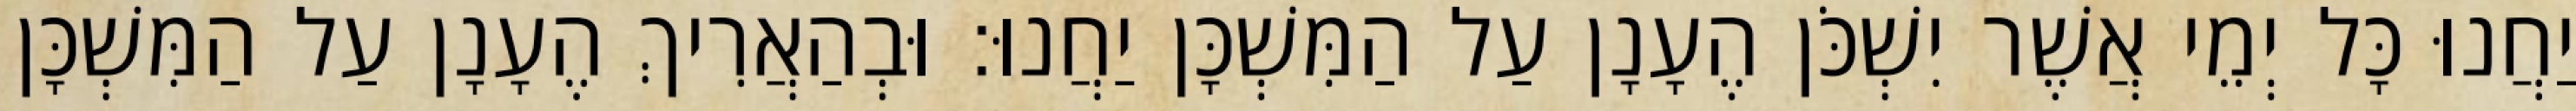
יַחֲנוּ כָּל יְמֵי אֲשֶׁר יִשְׁכֹּן הֶעָנָן עַל הַמִּשְׁכָּן יַחֲנוּ׃ וּבְהַאֲרִיךְ הֶעָנָן עַל הַמִּשְׁכָּן